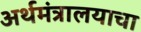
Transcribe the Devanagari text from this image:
अर्थमंत्रालयाचा